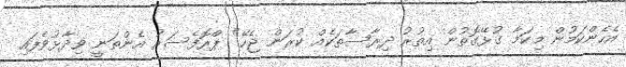
އެހެންކަމުން މިކަމާ ގުޅޭގޮތުން އިތުރު ދިރާސާތަކެއް ކުރަން ޖެހޭ" ޕްރޮފެސަރު އެންތަނީ ވިދާޅުވެފައި